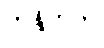
ကန့်ကက